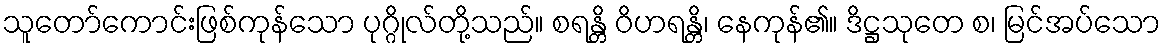
သူတော်ကောင်းဖြစ်ကုန်သော ပုဂ္ဂိုလ်တို့သည်။ စရန္တိ ဝိဟရန္တိ၊ နေကုန်၏။ ဒိဋ္ဌသုတေ စ၊ မြင်အပ်သော